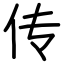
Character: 传